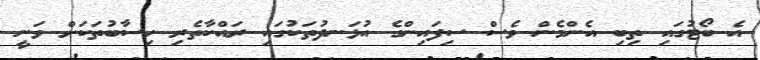
އެ ބޯޓުގައި ތިބި އެންމެން ވެސް ސިފައިންގެ އުޅަނދުތަކުގައި ރައްކާތެރި ހިސާބުތަކަށް ވަނީ